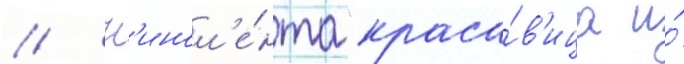
// К'инол'е́нта "краса́в'ица и́